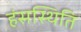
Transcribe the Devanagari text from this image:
हंसस्थिति